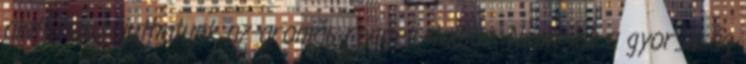
alatt hozzájuthatunk az aromás reggeli italhoz. Nemcsak a gyorsaság